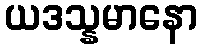
ယဒသ္နမာနော